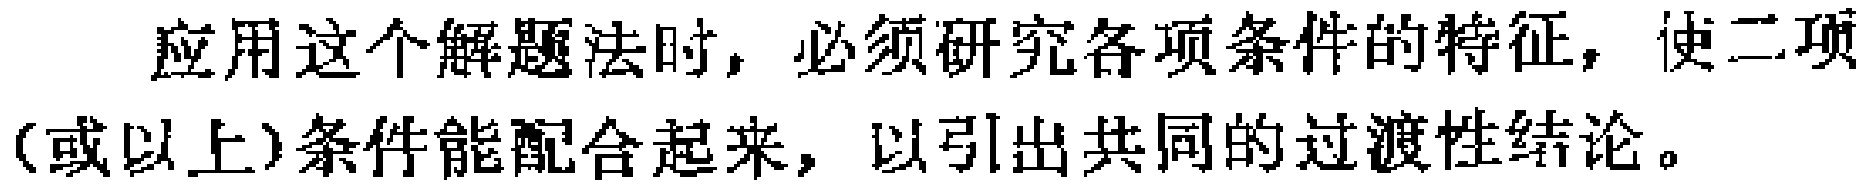
应用这个解题法时，必须研究各项条件的特征，使二项（或以上）条件能配合起来，以引出共同的过渡性结论。